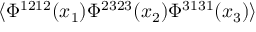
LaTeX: \langle \Phi ^ { 1 2 1 2 } ( x _ { 1 } ) \Phi ^ { 2 3 2 3 } ( x _ { 2 } ) \Phi ^ { 3 1 3 1 } ( x _ { 3 } ) \rangle